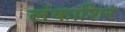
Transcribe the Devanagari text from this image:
लंकाशिर